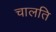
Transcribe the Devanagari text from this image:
चालति